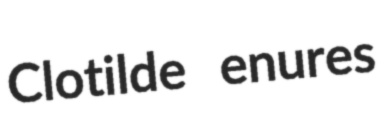
Clotilde enures